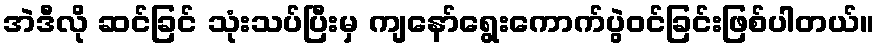
အဲဒီလို ဆင်ခြင် သုံးသပ်ပြီးမှ ကျနော်ရွေးကောက်ပွဲဝင်ခြင်းဖြစ်ပါတယ်။